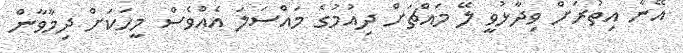
އޭނާ އިތުރަށް ވިދާޅުވީ ލޭ މައްޗަށް ދިއުމުގެ މައްސަލަ އެއްވެސް މީހަކަށް ދިމާވާން